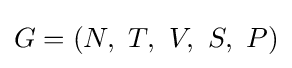
G=(N,~T,~V,~S,~P)